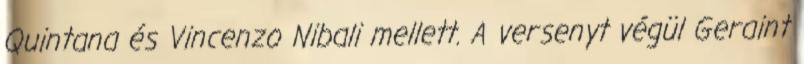
Quintana és Vincenzo Nibali mellett. A versenyt végül Geraint